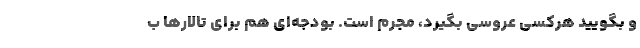
و بگویید هرکسی عروسی بگیرد، مُجرم است. بودجه‌ای هم برای تالارها ب